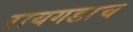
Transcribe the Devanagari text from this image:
रायगडाच